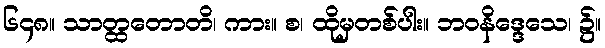
၆၄၈။ သာတ္ထတောတိ၊ ကား။ စ၊ ထိုမှတစ်ပါး။ ဘဝနိဒ္ဒေသေ၊ ၌။